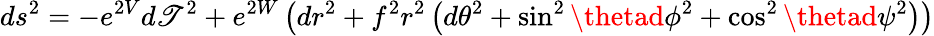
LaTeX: ds^{2}=-e^{2V}d\mathscr{T}^{2}+e^{2W}\left(dr^{2}+f^{2}r^{2}\left(d\theta^{2}+\sin^{2}\thetad\phi^{2}+\cos^{2}\thetad\psi^{2}\right)\right)